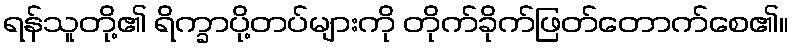
ရန်သူတို့၏ ရိက္ခာပို့တပ်များကို တိုက်ခိုက်ဖြတ်တောက်စေ၏။